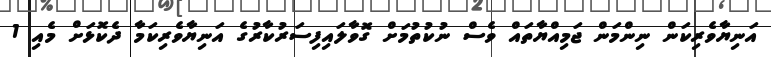
އަނިޔާވެރިކަން ނިންމަން ޖަމިއްޔާތައް ވެސް ނުކުތުމަށް ގޮވާލައިފިސަރުކާރުގެ އަނިޔާވެރިކަމާ ދެކޮޅަށް މެއި 1